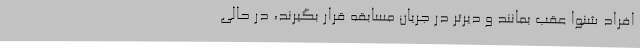
افراد شنوا عقب بمانند و دیرتر در جریان مسابقه قرار بگیرند، در حالی